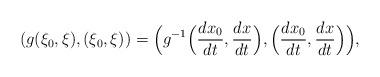
LaTeX: \begin{align*}(g(\xi_0,\xi),(\xi_0,\xi))=\Big(g^{-1}\Big(\frac{dx_0}{dt},\frac{dx}{dt}\Big),\Big(\frac{dx_0}{dt},\frac{dx}{dt}\Big)\Big),\end{align*}